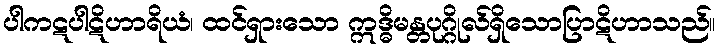
ပါကဋပါဋိဟာရိယံ၊ ထင်ရှားသော ဣဒ္ဓိမန္တပုဂ္ဂိုလ်ရှိသောပြာဋိဟာသည်။